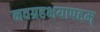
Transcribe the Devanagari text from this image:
नवग्रहभयापहम्